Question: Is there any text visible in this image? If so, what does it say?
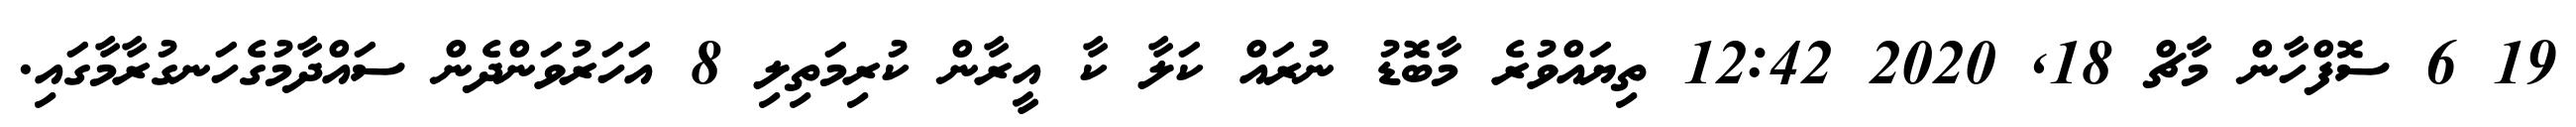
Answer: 19 6 ސޮފްހާން މާޗް 18, 2020 12:42 ތިޔައްވުރެ މާބޮޑު ނުރައް ކަލާ ކާ އީރާން ކުރިމަތިލި 8 އަހަރުވަންދެން ސައްދާމުގެހަނގުރާމާގައި.